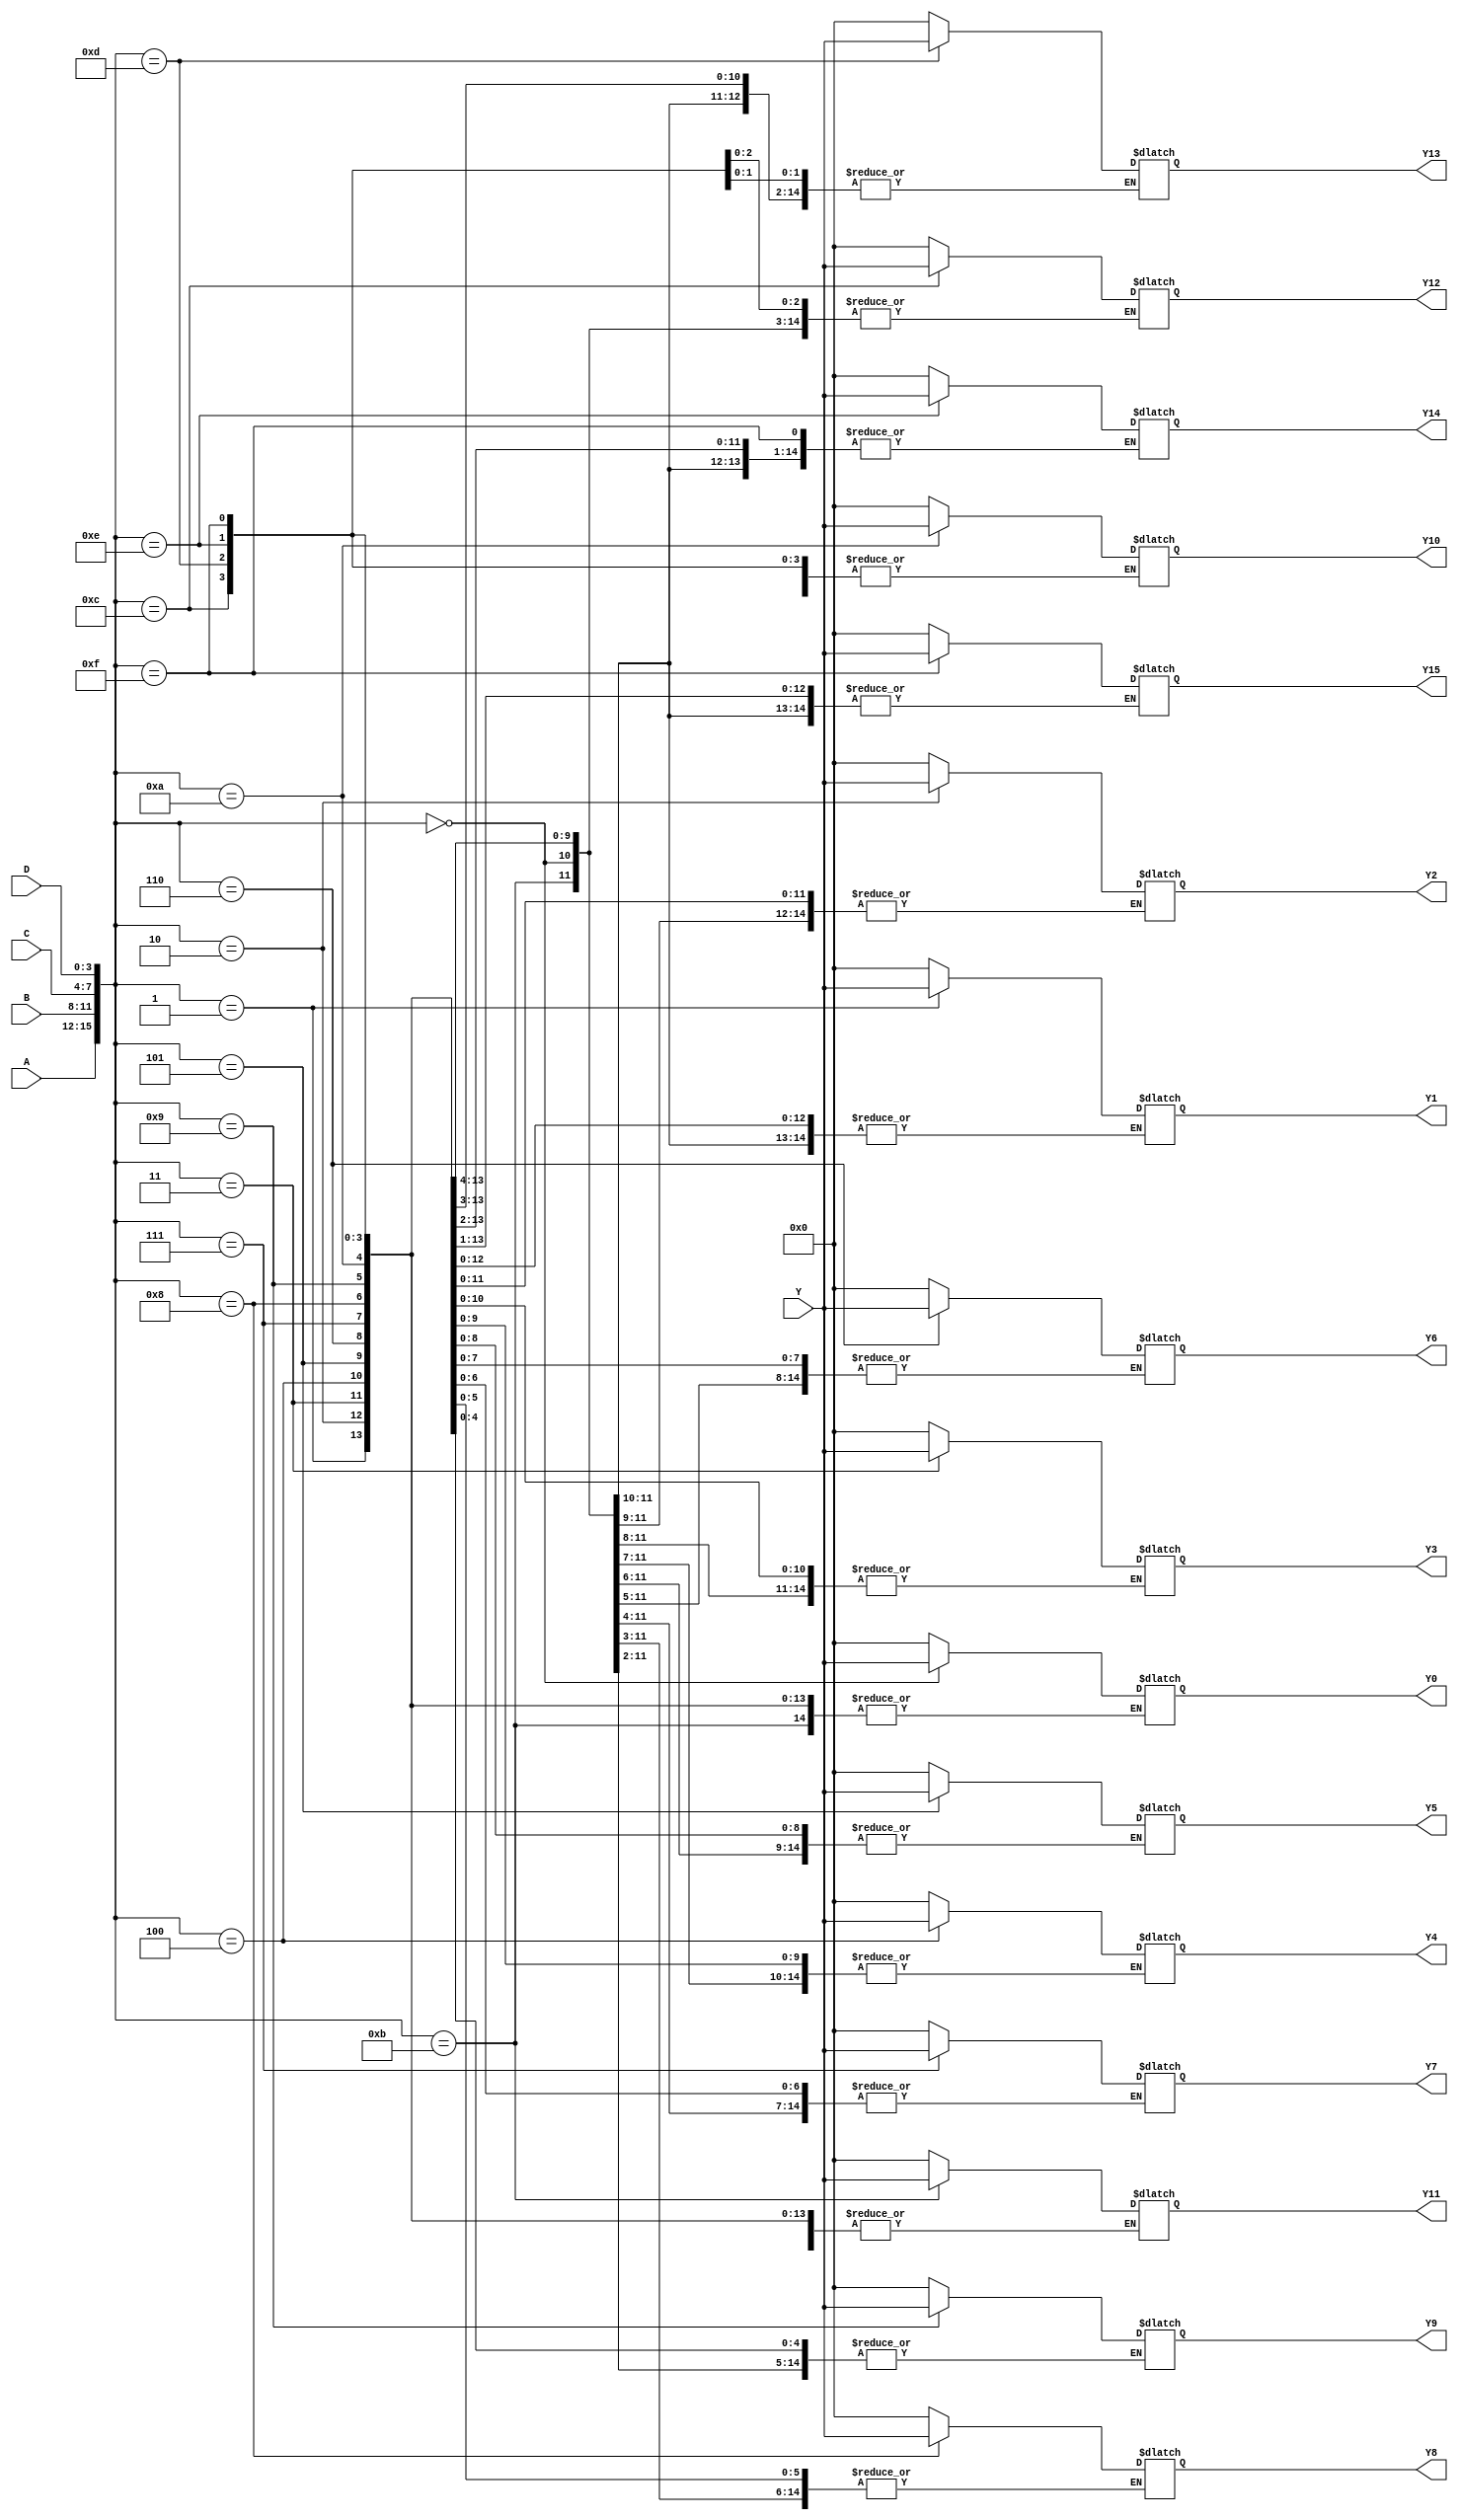
module demux_4to16 (
    input [3:0] A, 
    input [3:0] B, 
    input [3:0] C, 
    input [3:0] D, 
    input [15:0] Y,
    output reg [15:0] Y0, 
    output reg [15:0] Y1, 
    output reg [15:0] Y2, 
    output reg [15:0] Y3, 
    output reg [15:0] Y4, 
    output reg [15:0] Y5, 
    output reg [15:0] Y6, 
    output reg [15:0] Y7, 
    output reg [15:0] Y8, 
    output reg [15:0] Y9, 
    output reg [15:0] Y10, 
    output reg [15:0] Y11, 
    output reg [15:0] Y12, 
    output reg [15:0] Y13, 
    output reg [15:0] Y14, 
    output reg [15:0] Y15
);

always @(*) begin
    case ({A, B, C, D})
        4'b0000: begin Y0 = Y; end
        4'b0001: begin Y1 = Y; end
        4'b0010: begin Y2 = Y; end
        4'b0011: begin Y3 = Y; end
        4'b0100: begin Y4 = Y; end
        4'b0101: begin Y5 = Y; end
        4'b0110: begin Y6 = Y; end
        4'b0111: begin Y7 = Y; end
        4'b1000: begin Y8 = Y; end
        4'b1001: begin Y9 = Y; end
        4'b1010: begin Y10 = Y; end
        4'b1011: begin Y11 = Y; end
        4'b1100: begin Y12 = Y; end
        4'b1101: begin Y13 = Y; end
        4'b1110: begin Y14 = Y; end
        4'b1111: begin Y15 = Y; end
        default: begin Y0 = 16'h0000; Y1 = 16'h0000; Y2 = 16'h0000; Y3 = 16'h0000; 
                     Y4 = 16'h0000; Y5 = 16'h0000; Y6 = 16'h0000; Y7 = 16'h0000; 
                     Y8 = 16'h0000; Y9 = 16'h0000; Y10 = 16'h0000; Y11 = 16'h0000; 
                     Y12 = 16'h0000; Y13 = 16'h0000; Y14 = 16'h0000; Y15 = 16'h0000; end
    endcase
end

endmodule